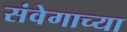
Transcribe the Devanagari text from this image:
संवेगाच्या